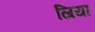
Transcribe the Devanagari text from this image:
ल्रिया